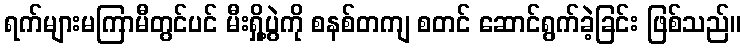
ရက်များမကြာမီတွင်ပင် မီးရှို့ပွဲကို စနစ်တကျ စတင် ဆောင်ရွက်ခဲ့ခြင်း ဖြစ်သည်။